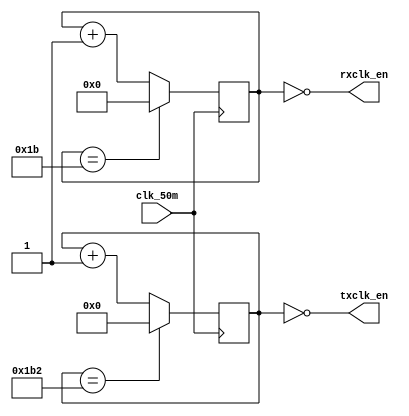
//From https://github.com/jamieiles/uart, Liscensed under GPLv2

/*
 * Hacky baud rate generator to divide a 50MHz clock into a 115200 baud
 * rx/tx pair where the rx clcken oversamples by 16x.
 */

module baud_rate_gen(input wire clk_50m,
		     output wire rxclk_en,
		     output wire txclk_en);

parameter CLOCK_SPEED = 50000000;
parameter RX_ACC_MAX = CLOCK_SPEED / (115200 * 16);
parameter TX_ACC_MAX = CLOCK_SPEED / 115200;
parameter RX_ACC_WIDTH = $clog2(RX_ACC_MAX);
parameter TX_ACC_WIDTH = $clog2(TX_ACC_MAX);
reg [RX_ACC_WIDTH - 1:0] rx_acc = 0;
reg [TX_ACC_WIDTH - 1:0] tx_acc = 0;

assign rxclk_en = (rx_acc == 5'd0);
assign txclk_en = (tx_acc == 9'd0);

always @(posedge clk_50m) begin
	if (rx_acc == RX_ACC_MAX[RX_ACC_WIDTH - 1:0])
		rx_acc <= 0;
	else
		rx_acc <= rx_acc + 5'b1;
end

always @(posedge clk_50m) begin
	if (tx_acc == TX_ACC_MAX[TX_ACC_WIDTH - 1:0])
		tx_acc <= 0;
	else
		tx_acc <= tx_acc + 9'b1;
end

endmodule